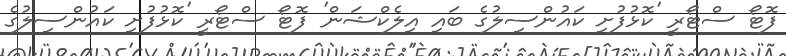
ފޮޓޯ ސްޓޯރީ 'ކޮޅުފުށި ކައުންސިލުގެ ބައި އިލެކްޝަން' ފޮޓޯ ސްޓޯރީ 'ކޮޅުފުށި ކައުންސިލުގެ